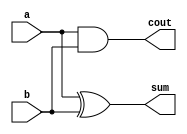
`timescale 1ns / 1ps
module halfadder(a, b, sum, cout);
	input a, b;
	output sum, cout;
	
	xor #4 u1 (sum, a, b);
	and #2 u2 (cout, a, b);
endmodule